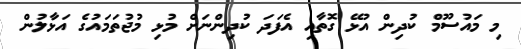
މި މައުސޫމް ކުދިން އުޅޭ ގޮތާއި އެފަދަ ކުދިންނަށް މުޅި މުޖުތަމައުގެ އަޅާލުން